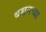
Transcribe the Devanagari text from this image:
बच्चनच्या